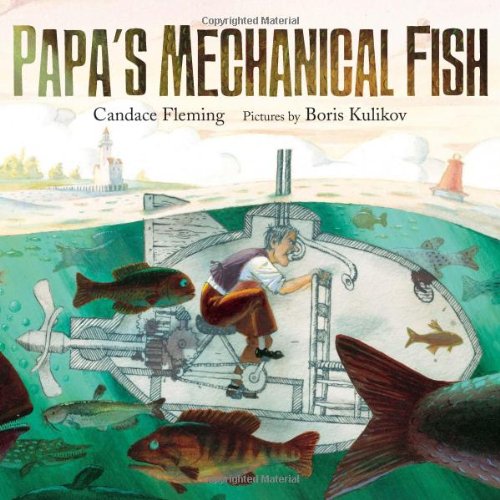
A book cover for Papa's Mechanical Fish; Candace Fleming; Children's Books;